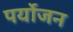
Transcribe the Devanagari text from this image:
पर्योजन